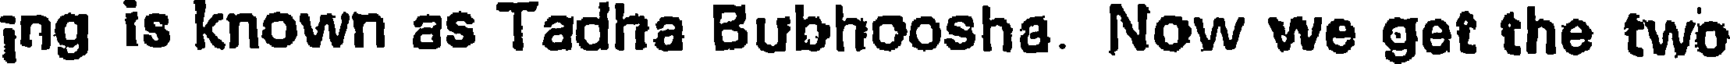
ing is known as Tadha Bubhoosha. Now we get the two